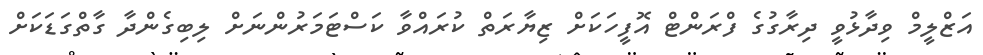
އަޒްލީމް ވިދާޅުވީ ދިރާގުގެ ފްރަންޓް އޮފީހަކަށް ޒިޔާރަތް ކުރައްވާ ކަސްޓަމަރުންނަށް ލިބިގެންދާ ގާތްގަޑަކަށް